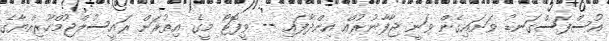
އުސްފަސްގަނޑު ވަށައިގެން ވަނީ ޖާފާނުރުއް އިންދާފައި -- ވީފޮޓޯ މީގެ އިތުރަށް ރައީސުލްޖުމްހޫރިއްޔާގެ